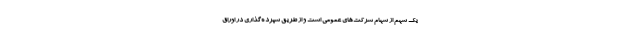
یک سهم از سهام شرکت‌های عمومی است و از طریق سپرده‌گذاری در اوراق